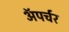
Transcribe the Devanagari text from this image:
ॲपर्चर